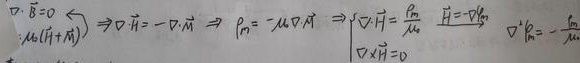
\[
\begin{align*}
\nabla\cdot\vec{B} = 0 &\Leftarrow\\
\mu_{0}(\vec{H}+\vec{M}) &\Rightarrow\nabla\cdot\vec{H}=-\nabla\cdot\vec{M} \Rightarrow P_{m}=-\mu_{0}\nabla\cdot\vec{M} \Rightarrow
\begin{cases}
\nabla\cdot\vec{H}=\frac{\rho_{m}}{\mu_{0}} & \vec{H}=\nabla\varphi_{m}\\
\nabla\times\vec{H}=0
\end{cases}
\Rightarrow \nabla^{2}\rho_{m}=-\frac{\rho_{m}}{\mu_{0}}
\end{align*}
\]